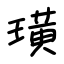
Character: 璜